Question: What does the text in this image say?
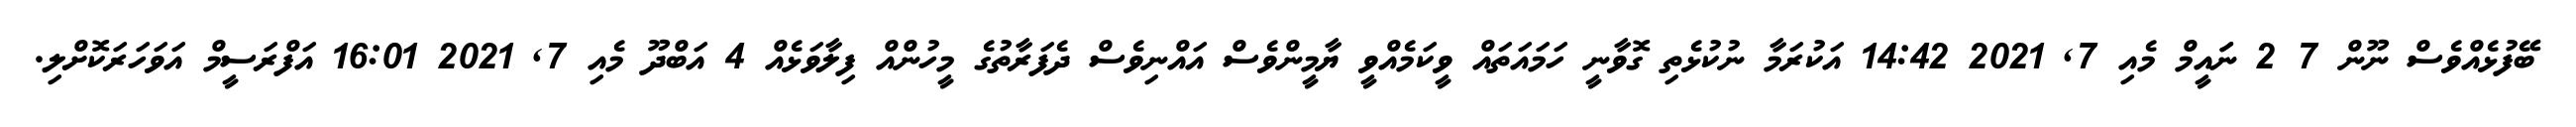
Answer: ބޭފުޅެއްވެސް ނޫން 7 2 ނަައީމް މެއި 7, 2021 14:42 އަކުރަމާ ނުކުޅެތި ގޮވާނީ ހަމައަތައް ވީކަމެއްވީ ޔާމީންވެސް އައްނިވެސް ދެފަރާތުގެ މީހުންއް ފިލާވަޅެއް 4 އަބްދޫ މެއި 7, 2021 16:01 އަފްރަސީމް އަވަހަރަކޮށްލި.